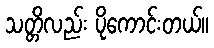
သတ္တိလည်း ပိုကောင်းတယ်။